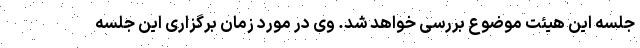
جلسه این هیئت موضوع بررسی خواهد شد. وی در مورد زمان برگزاری این جلسه